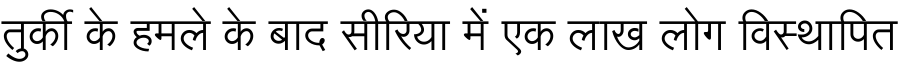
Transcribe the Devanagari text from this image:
तुर्की के हमले के बाद सीरिया में एक लाख लोग विस्थापित